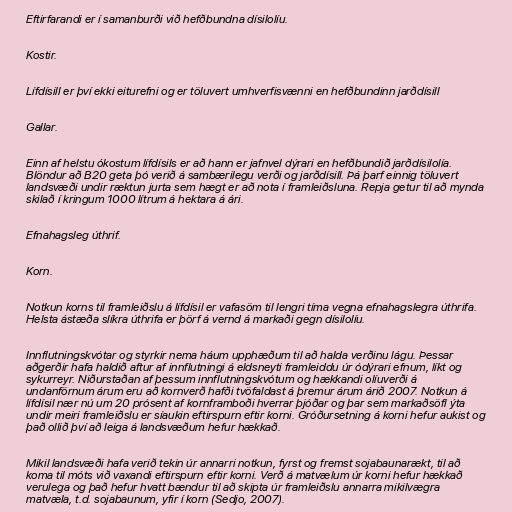
Eftirfarandi er í samanburði við hefðbundna dísilolíu.

Kostir.

Lífdísill er því ekki eiturefni og er töluvert umhverfisvænni en hefðbundinn jarðdísill

Gallar.

Einn af helstu ókostum lífdísils er að hann er jafnvel dýrari en hefðbundið jarðdísilolía.
Blöndur að B20 geta þó verið á sambærilegu verði og jarðdísill. Þá þarf einnig töluvert
landsvæði undir ræktun jurta sem hægt er að nota í framleiðsluna. Repja getur til að mynda
skilað í kringum 1000 lítrum á hektara á ári.

Efnahagsleg úthrif.

Korn.

Notkun korns til framleiðslu á lífdísil er vafasöm til lengri tíma vegna efnahagslegra úthrifa.
Helsta ástæða slíkra úthrifa er þörf á vernd á markaði gegn dísilolíu.

Innflutningskvótar og styrkir nema háum upphæðum til að halda verðinu lágu. Þessar
aðgerðir hafa haldið aftur af innflutningi á eldsneyti framleiddu úr ódýrari efnum, líkt og
sykurreyr. Niðurstaðan af þessum innflutningskvótum og hækkandi olíuverði á
undanförnum árum eru að kornverð hafði tvöfaldast á þremur árum árið 2007. Notkun á
lífdísil nær nú um 20 prósent af kornframboði hverrar þjóðar og þar sem markaðsöfl ýta
undir meiri framleiðslu er síaukin eftirspurn eftir korni. Gróðursetning á korni hefur aukist og
það ollið því að leiga á landsvæðum hefur hækkað.

Mikil landsvæði hafa verið tekin úr annarri notkun, fyrst og fremst sojabaunarækt, til að
koma til móts við vaxandi eftirspurn eftir korni. Verð á matvælum úr korni hefur hækkað
verulega og það hefur hvatt bændur til að skipta úr framleiðslu annarra mikilvægra
matvæla, t.d. sojabaunum, yfir í korn (Sedjo, 2007).